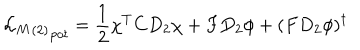
LaTeX: { { { \cal L } _ { M } } _ { ( 2 ) } } _ { p o t } = \frac { 1 } { 2 } \chi ^ { T } C D _ { 2 } \chi + F D _ { 2 } \phi + ( F D _ { 2 } \phi ) ^ { \dagger }